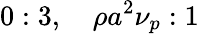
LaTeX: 0:3,\quad\rho a^{2}\nu_{p}:1